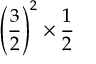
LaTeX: \left( { \frac { 3 } { 2 } } \right) ^ { 2 } \times { \frac { 1 } { 2 } }